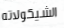
الشيكولاته